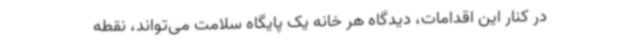
در کنار این اقدامات، دیدگاه هر خانه یک پایگاه سلامت می‌تواند، نقطه